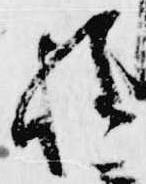
程